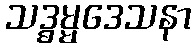
သဒ္ဓမ္မဒေသနာ